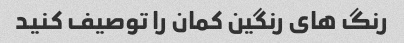
رنگ های رنگین کمان را توصیف کنید